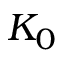
K _ { 0 }